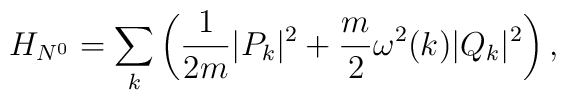
H_{N^0}=\sum_k\left(\displaystyle \frac{1}{2m}|P_k|^2+ \frac{m}{2}\omega^2(k)|Q_k|^2\right),